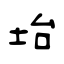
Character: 坮